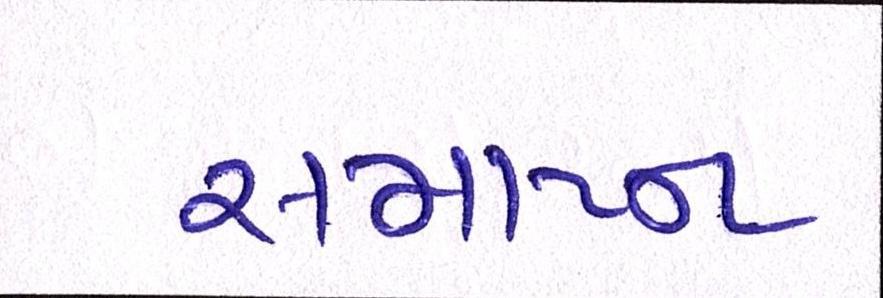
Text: સમાપ્ન